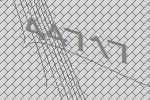
44717